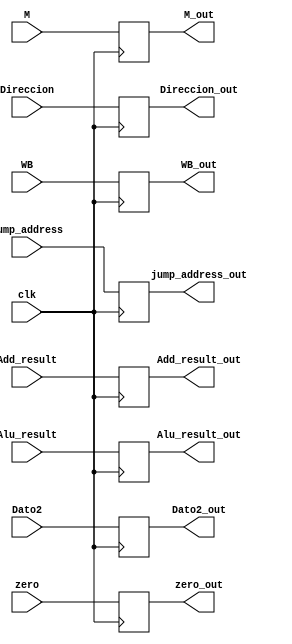
module Buffer_3(
	input clk,
	input [2:0] M,
	input [2:0] WB,
	input [31:0]Add_result,
	input zero,
	input [31:0] Alu_result,
	input [31:0] Dato2,
	input [4:0] Direccion,
	input [31:0] jump_address,
	
	output reg [2:0] M_out,
	output reg [2:0] WB_out,
	output reg [31:0]Add_result_out,
	output reg zero_out,
	output reg [31:0] Alu_result_out,
	output reg [31:0] Dato2_out,
	output reg [4:0] Direccion_out,
	output reg [31:0] jump_address_out
);


always@(posedge clk)
begin
	M_out <= M;
	WB_out <= WB;
	Add_result_out <= Add_result;
	zero_out <= zero;
	Alu_result_out <= Alu_result;
	Dato2_out <= Dato2;
	Direccion_out <= Direccion;
	jump_address_out <= jump_address;
end

endmodule